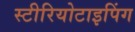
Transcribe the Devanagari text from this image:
स्टीरियोटाइपिंग